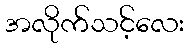
အလိုက်သင့်လေး